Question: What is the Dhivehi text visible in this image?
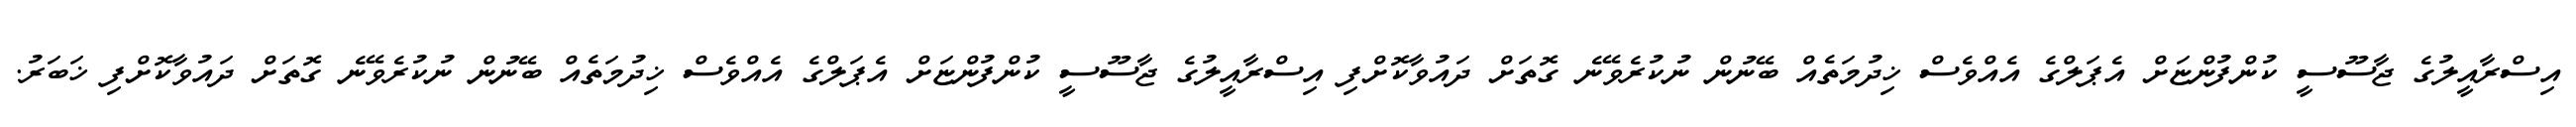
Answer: އިސްރާއީލުގެ ޖާސޫސީ ކުންފުންޏަށް އެޕަލްގެ އެއްވެސް ޚިދުމަތެއް ބޭނުން ނުކުރެވޭނެ ގޮތަށް ދައުވާކޮށްފި އިސްރާއީލުގެ ޖާސޫސީ ކުންފުންޏަށް އެޕަލްގެ އެއްވެސް ޚިދުމަތެއް ބޭނުން ނުކުރެވޭނެ ގޮތަށް ދައުވާކޮށްފި ޚަބަރު.